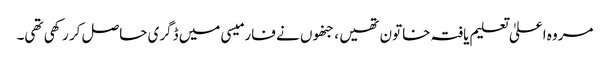
مروہ اعلیٰ تعلیم یافتہ خاتون تھیں ، جنھوں نے فارمیسی میں ڈگری حاصل کر رکھی تھی۔